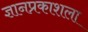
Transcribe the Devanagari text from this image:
ज्ञानप्रकाशला